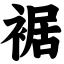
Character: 裾